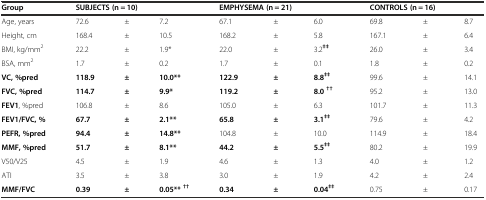
<table><thead><tr><td><b>Group</b></td><td colspan="3"><b>SUBJECTS (n = 10)</b></td><td colspan="3"><b>EMPHYSEMA (n = 21)</b></td><td colspan="3"><b>CONTROLS (n = 16)</b></td></tr></thead><tbody><tr><td>Age, years</td><td>72.6</td><td>±</td><td>7.2</td><td>67.1</td><td>±</td><td>6.0</td><td>69.8</td><td>±</td><td>8.7</td></tr><tr><td>Height, cm</td><td>168.4</td><td>±</td><td>10.5</td><td>168.2</td><td>±</td><td>5.8</td><td>167.1</td><td>±</td><td>6.4</td></tr><tr><td>BMI, kg/mm<sup>2</sup></td><td>22.2</td><td>±</td><td>1.9*</td><td>22.0</td><td>±</td><td>3.2<sup><b>‡‡</b></sup></td><td>26.0</td><td>±</td><td>3.4</td></tr><tr><td>BSA, mm<sup>2</sup></td><td>1.7</td><td>±</td><td>0.2</td><td>1.7</td><td>±</td><td>0.1</td><td>1.8</td><td>±</td><td>0.2</td></tr><tr><td><b>VC, %pred</b></td><td><b>118.9</b></td><td><b>±</b></td><td><b>10.0**</b></td><td><b>122.9</b></td><td><b>±</b></td><td><b>8.8</b><sup><b>‡‡</b></sup></td><td>99.6</td><td>±</td><td>14.1</td></tr><tr><td><b>FVC, %pred</b></td><td><b>114.7</b></td><td><b>±</b></td><td><b>9.9*</b></td><td><b>119.2</b></td><td><b>±</b></td><td><b>8.0</b><sup><b>††</b></sup></td><td>95.2</td><td>±</td><td>13.0</td></tr><tr><td><b>FEV1</b>, %pred</td><td>106.8</td><td>±</td><td>8.6</td><td>105.0</td><td>±</td><td>6.3</td><td>101.7</td><td>±</td><td>11.3</td></tr><tr><td><b>FEV1/FVC, %</b></td><td><b>67.7</b></td><td><b>±</b></td><td><b>2.1**</b></td><td><b>65.8</b></td><td><b>±</b></td><td><b>3.1</b><sup><b>‡‡</b></sup></td><td>79.6</td><td>±</td><td>4.2</td></tr><tr><td><b>PEFR, %pred</b></td><td><b>94.4</b></td><td><b>±</b></td><td><b>14.8**</b></td><td>104.8</td><td>±</td><td>10.0</td><td>114.9</td><td>±</td><td>18.4</td></tr><tr><td><b>MMF, %pred</b></td><td><b>51.7</b></td><td><b>±</b></td><td><b>8.1**</b></td><td><b>44.2</b></td><td><b>±</b></td><td><b>5.5</b><sup><b>‡‡</b></sup></td><td>80.2</td><td>±</td><td>19.9</td></tr><tr><td>V50/V25</td><td>4.5</td><td>±</td><td>1.9</td><td>4.6</td><td>±</td><td>1.3</td><td>4.0</td><td>±</td><td>1.2</td></tr><tr><td>ATI</td><td>3.5</td><td>±</td><td>3.8</td><td>3.0</td><td>±</td><td>1.9</td><td>4.2</td><td>±</td><td>2.4</td></tr><tr><td><b>MMF/FVC</b></td><td><b>0.39</b></td><td><b>±</b></td><td><b>0.05**</b><sup><b>††</b></sup></td><td><b>0.34</b></td><td><b>±</b></td><td><b>0.04</b><sup><b>‡‡</b></sup></td><td>0.75</td><td>±</td><td>0.17</td></tr></tbody></table>